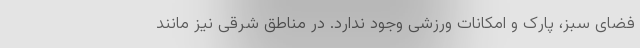
فضای سبز، پارک و امکانات ورزشی وجود ندارد. در مناطق شرقی نیز مانند